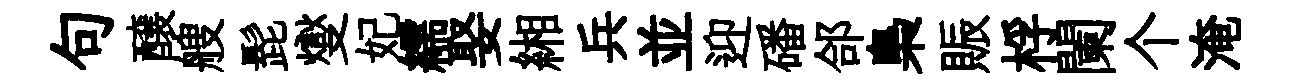
句醸艘髭燮妃繻娶緗兵並迎磻郃梟賑桴闌个淹